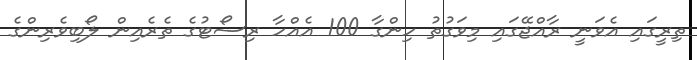
ތިރީގައި އެވަނީ ރާއްޖޭގައި މިވަގުތު ހިންގާ 100 އެއްހާ ރިސޯޓުގެ ތެރެއިން ލޯބިވެރިންގެ